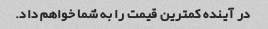
در آینده کمترین قیمت را به شما خواهم داد.